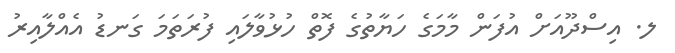
ލ. އިސްދޫއަށް އުފަން މާމަގެ ހަޔާތުގެ ފޮތް ހުޅުވާލައި ފުރަތަމަ ގަނޑު އެއްލާއިރު